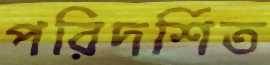
পরিদর্শিত